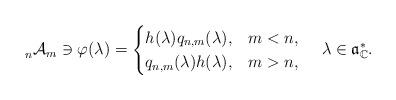
LaTeX: \begin{align*} \prescript{}{n}{\mathcal{A}}_{m} \ni \varphi(\lambda)=\begin{cases}h(\lambda) q_{n,m}(\lambda), & m < n,\\q_{n,m}(\lambda) h(\lambda), & m > n,\\\end{cases}\;\;\;\; \lambda \in \mathfrak{a}^*_\mathbb{C}.\end{align*}